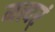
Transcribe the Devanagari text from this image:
मत्यर्ं